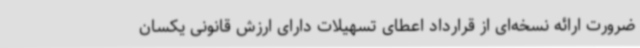
ضرورت ارائه نسخه‌ای از قرارداد اعطای تسهیلات دارای ارزش قانونی یکسان